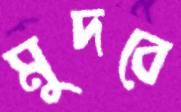
মুদবে